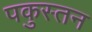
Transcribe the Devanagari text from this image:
पकुस्तन